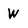
Character: W